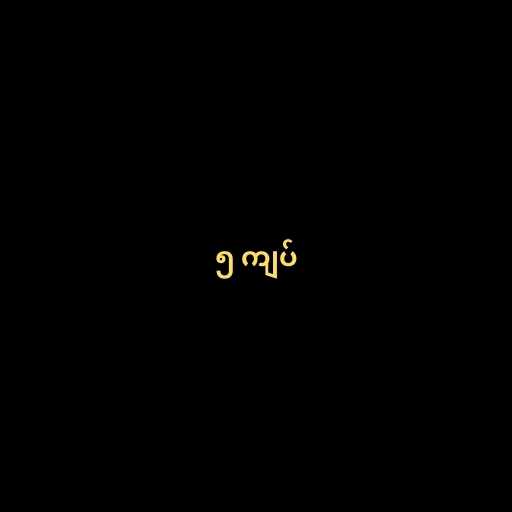
၅ ကျပ်